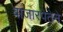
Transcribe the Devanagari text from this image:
बाजारपेठेने